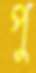
পু